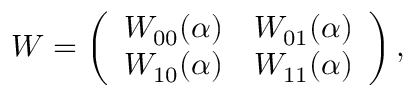
W = \left( \begin{array} { l l } { W _ { 0 0 } ( \alpha ) } & { W _ { 0 1 } ( \alpha ) } \\ { W _ { 1 0 } ( \alpha ) } & { W _ { 1 1 } ( \alpha ) } \end{array} \right) ,